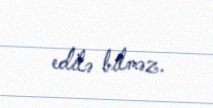
edilə bilməz.